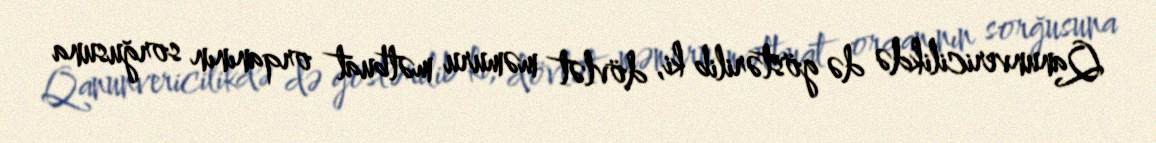
Qanunvericilikdə də göstərilib ki, dövlət məmuru mətbuat orqanının sorğusuna